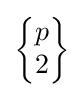
{\begin{Bmatrix}p\\2\end{Bmatrix}}